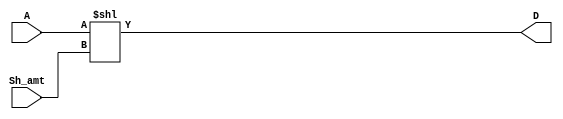
`timescale 1ns / 1ps
//////////////////////////////////////////////////////////////////////////////////
// Company: 
// Engineer: 
// 
// Design Name: 
// Module Name: SHL
// Project Name: 
// Target Devices: 
// Tool Versions: 
// Description: Logically shifts input sh_amt positions to the left
// 
// Dependencies: 
// 
// Revision:
// Revision 0.01 - File Created
// Additional Comments:
// 
//////////////////////////////////////////////////////////////////////////////////


module SHL #(parameter DATAWIDTH = 8)(A, Sh_amt, D);

    input [DATAWIDTH-1:0] A;
    input Sh_amt;   // shift ammount
    output reg [DATAWIDTH-1:0] D;
    
    always @(A) begin
        D <= A << Sh_amt;
    end
        
endmodule